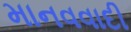
માનવવાદી